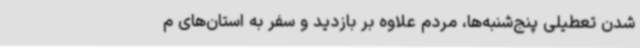
شدن تعطیلی پنج‌شنبه‌ها، مردم علاوه بر بازدید و سفر به استان‌های م